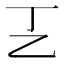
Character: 㐉